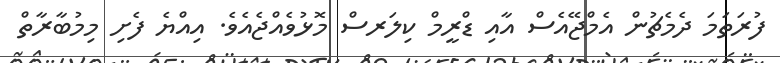
ފުރަތަމަ ދެމެޗުން އެމްޖޭއެސް އާއި ޑްރީމް ކިލަރސް މޮޅުވެއްޖެއެވެ. އިއްޔެ ފެށި މިމުބާރާތް